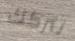
نتركك